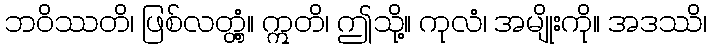
ဘဝိဿတိ၊ ဖြစ်လတ္တံ့။ ဣတိ၊ ဤသို့။ ကုလံ၊ အမျိုးကို။ အဒဿိ၊